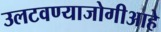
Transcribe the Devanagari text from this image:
उलटवण्याजोगीआहे